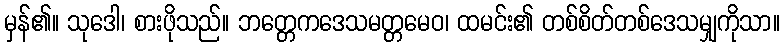
မှန်၏။ သုဒေါ၊ စားဖိုသည်။ ဘတ္တေကဒေသမတ္တမေဝ၊ ထမင်း၏ တစ်စိတ်တစ်ဒေသမျှကိုသာ။